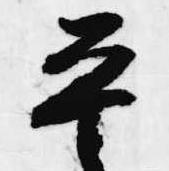
平